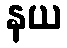
နယ